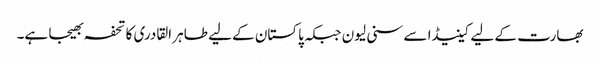
بھارت کے لیے کینیڈا سے سنی لیون جبکہ پاکستان کے لیے طاہر القادری کا تحفہ بھیجا ہے۔